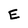
Character: E